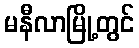
မနီလာမြို့တွင်